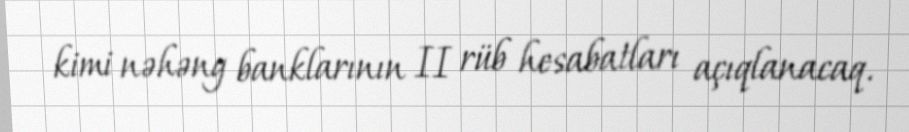
kimi nəhəng banklarının II rüb hesabatları açıqlanacaq.